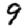
Digit: 9